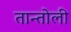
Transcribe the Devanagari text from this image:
तान्तोली